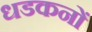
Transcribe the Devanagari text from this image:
धडकनों